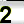
Digit: 2